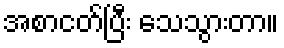
အစာငတ်ပြီး သေသွားတာ။